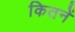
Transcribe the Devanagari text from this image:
कितनें